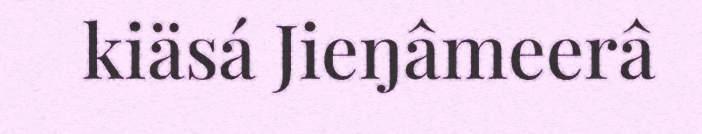
kiäsá Jieŋâmeerâ